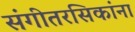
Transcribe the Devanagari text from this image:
संगीतरसिकांना